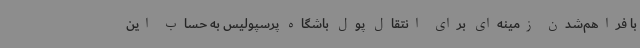
با فراهم‌شدن زمینه‌ای برای انتقال پول باشگاه پرسپولیس به حساب این